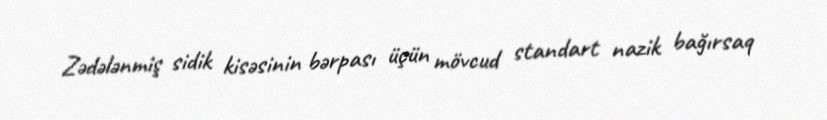
Zədələnmiş sidik kisəsinin bərpası üçün mövcud standart nazik bağırsaq